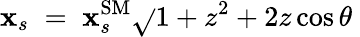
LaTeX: \mathbf{x}_{s}\; =\; \mathbf{x}_{s}^{\mathrm{{SM}}}\sqrt{}{{1+z^{2}+2z\cos\theta}}\;